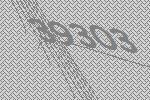
39303